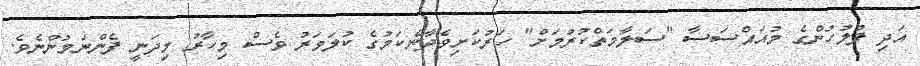
އަދި ފުލުހުންގެ މުއައްސަސާ "ސަލާމަތްކުރުމަށް" ހަރުކަށިވެދާނެކަމުގެ ކުލަވަރު ވެސް މިހާރު މިދަނީ ފެންނަމުންނެވެ.